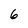
Character: 6